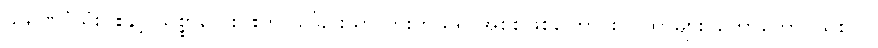
သရဏဂုံသုံးပါးနှင့် သစ္စာလေးပါးကို သိခြင်းသာ ကိုးကွယ်ရာအစစ်ဖြစ်ကြောင်း ဂါထာများ၊ တောတောင်သစ်ပင်